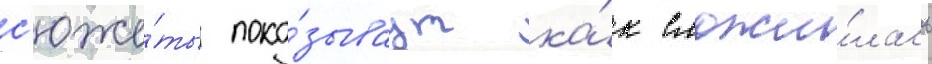
с'юже́ты пока́зываут ка́к сложи́лась